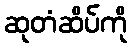
ဆုတံဆိပ်ကို